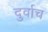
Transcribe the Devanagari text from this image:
दुर्वाच